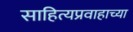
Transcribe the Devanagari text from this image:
साहित्यप्रवाहाच्या